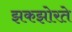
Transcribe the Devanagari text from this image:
झकझोरते